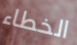
الخطاء